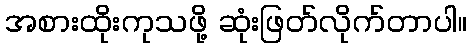
အစားထိုးကုသဖို့ ဆုံးဖြတ်လိုက်တာပါ။